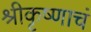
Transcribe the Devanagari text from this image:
श्रीकृष्णाचं